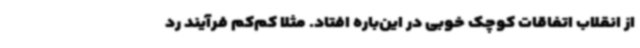
از انقلاب اتفاقات کوچک خوبی در این‌باره افتاد. مثلا کم‌کم فرآیند رد